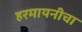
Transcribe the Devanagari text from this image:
हरमायनीचा